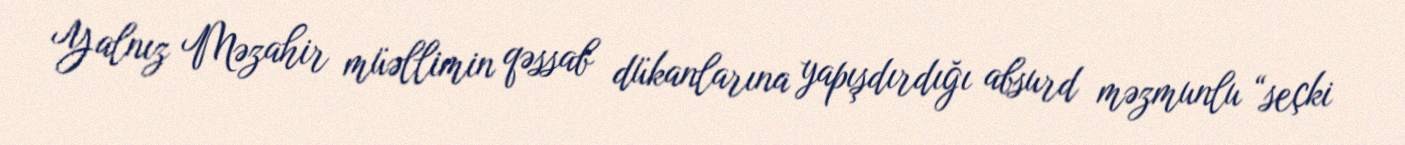
Yalnız Məzahir müəllimin qəssab dükanlarına yapışdırdığı absurd məzmunlu “seçki